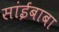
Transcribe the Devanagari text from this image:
सांईबाबा